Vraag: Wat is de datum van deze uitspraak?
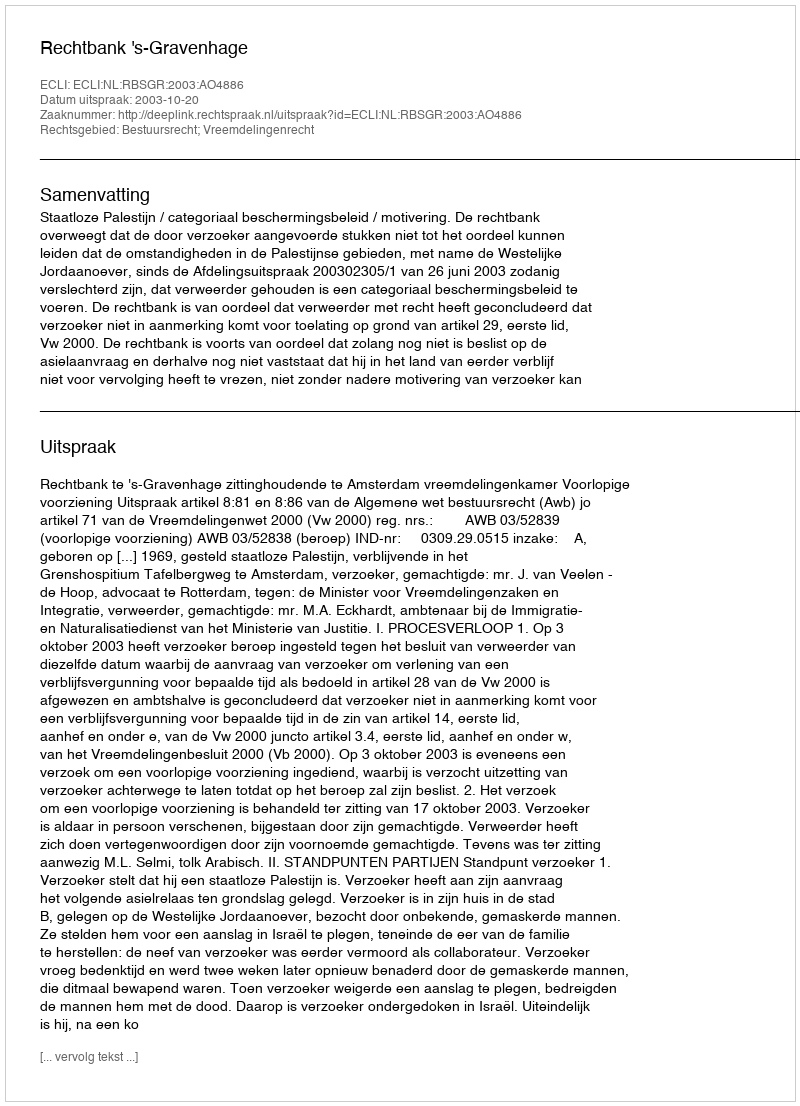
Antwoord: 2003-10-20